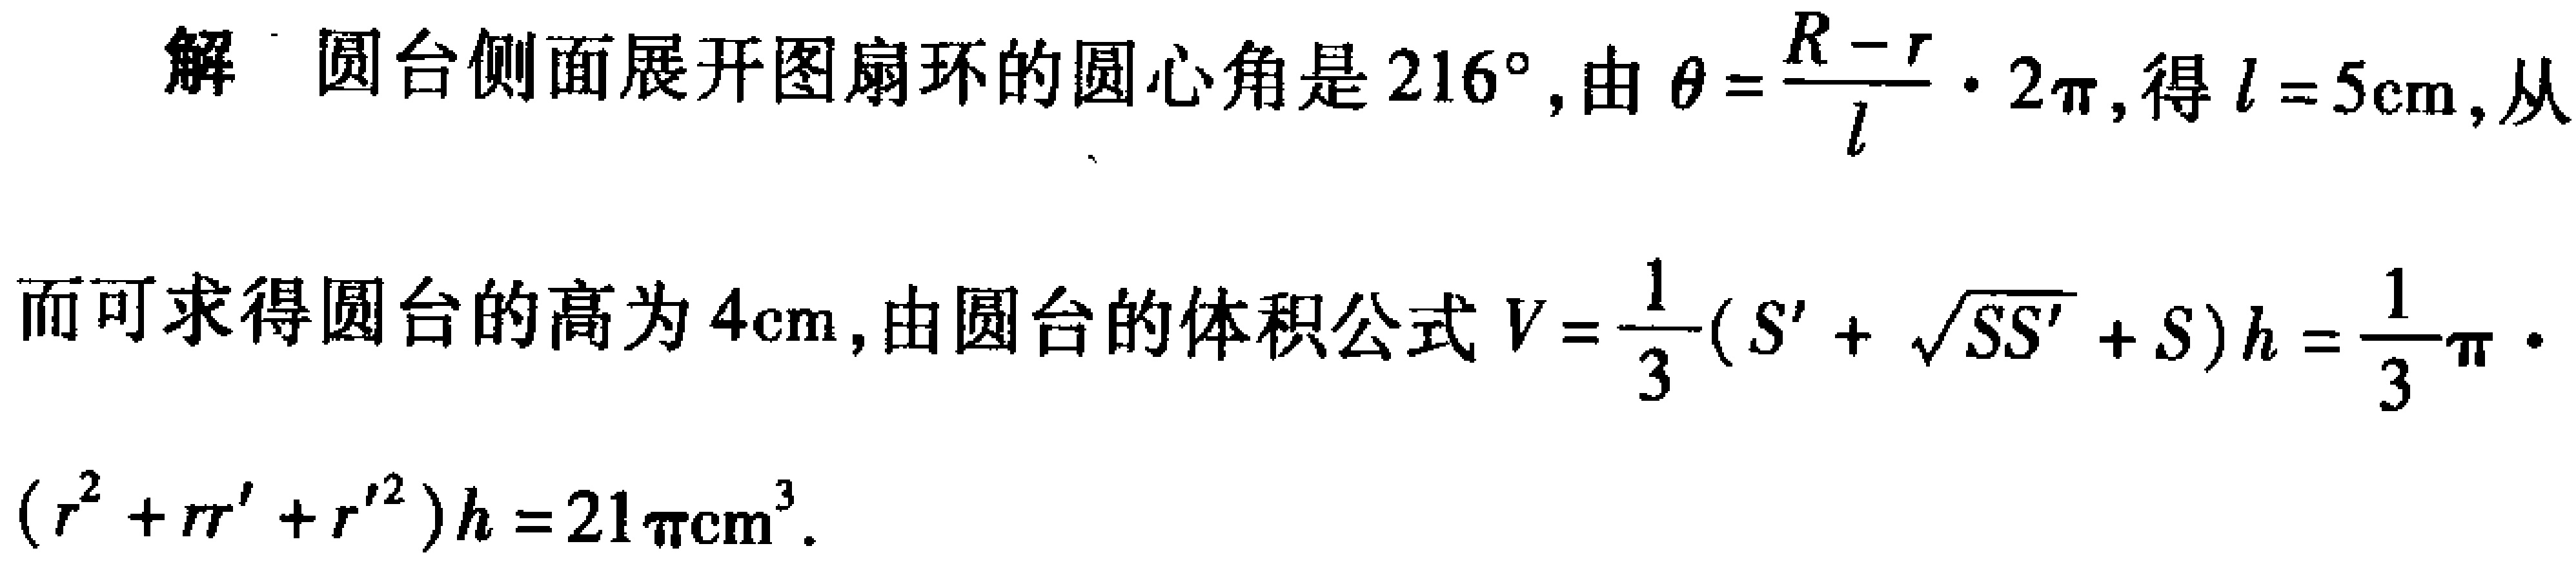
解：圆台侧面展开图扇环的圆心角是\(216^{\circ}\)，由\(\theta =\frac{R - r}{l}\cdot 2\pi\)，得\(l = 5\mathrm{cm}\)，从
而可求得圆台的高为\(4\mathrm{cm}\)，由圆台的体积公式\(V=\frac{1}{3}(S'+\sqrt{SS'}+S)h=\frac{1}{3}\pi\cdot(r^{2}+rr'+r'^{2})h = 21\pi\mathrm{cm}^{3}\)。